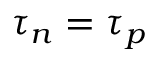
\tau _ { n } = \tau _ { p }